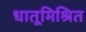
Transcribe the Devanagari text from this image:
धातूमिश्रित